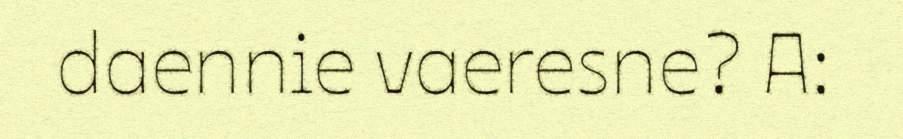
daennie vaeresne? A: